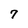
Character: 7